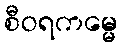
စီဝရကမ္မေ